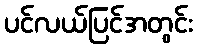
ပင်လယ်ပြင်အတွင်း